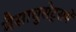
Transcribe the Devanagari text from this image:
मैसाचुसेट्समें